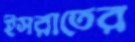
ইসরাতের